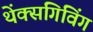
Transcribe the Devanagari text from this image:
थेंक्सगिविंग